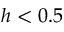
h < 0 . 5